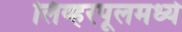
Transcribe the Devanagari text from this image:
लिव्हरपूलमध्ये